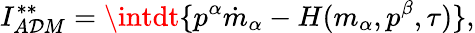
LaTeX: I_{A\mathcal{D}M}^{\ast\ast}=\intdt\{ p^{\alpha}\dot{{m}}_{\alpha}-H(m_{\alpha},p^{\beta},\tau)\} ,